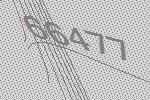
66477